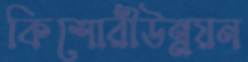
কিশোরীউন্নয়ন